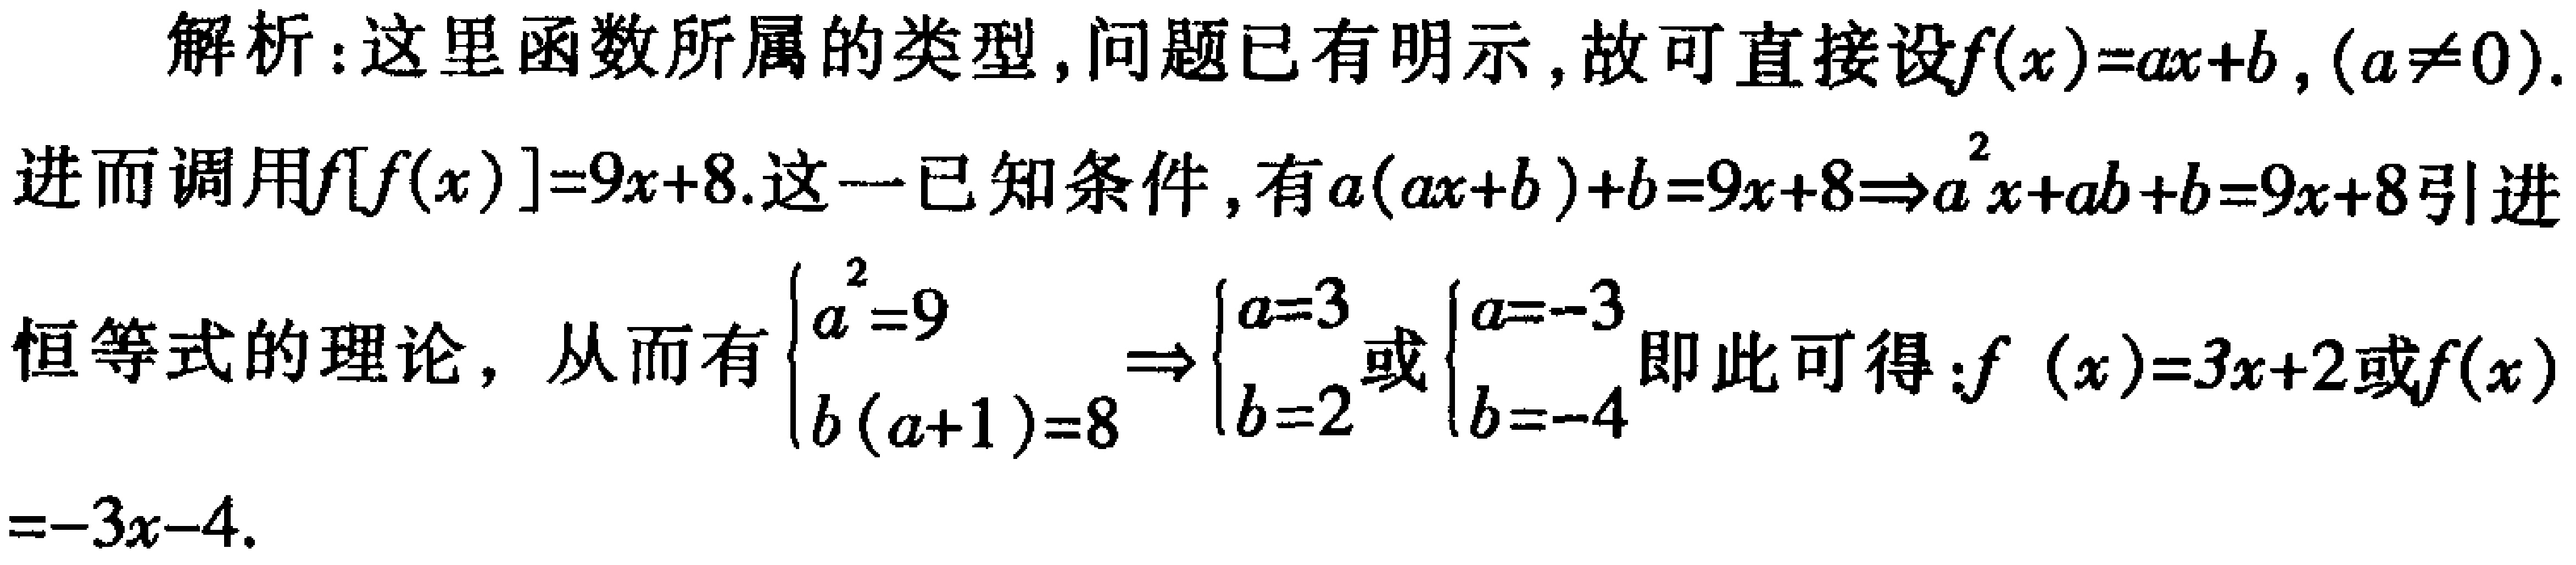
解析：这里函数所属的类型, 问题已有明示, 故可直接设\(f(x)=ax + b,(a\neq0)\).
进而调用\(f[f(x)] = 9x + 8\).这一已知条件, 有\(a(ax + b)+b = 9x + 8\Rightarrow a^{2}x+ab + b = 9x + 8\)引进
恒等式的理论, 从而有\(\begin{cases}a^{2}=9\\b(a + 1)=8\end{cases}\Rightarrow\begin{cases}a = 3\\b = 2\end{cases}\)或\(\begin{cases}a=-3\\b=-4\end{cases}\)即此可得：\(f(x)=3x + 2\)或\(f(x)=-3x-4\).